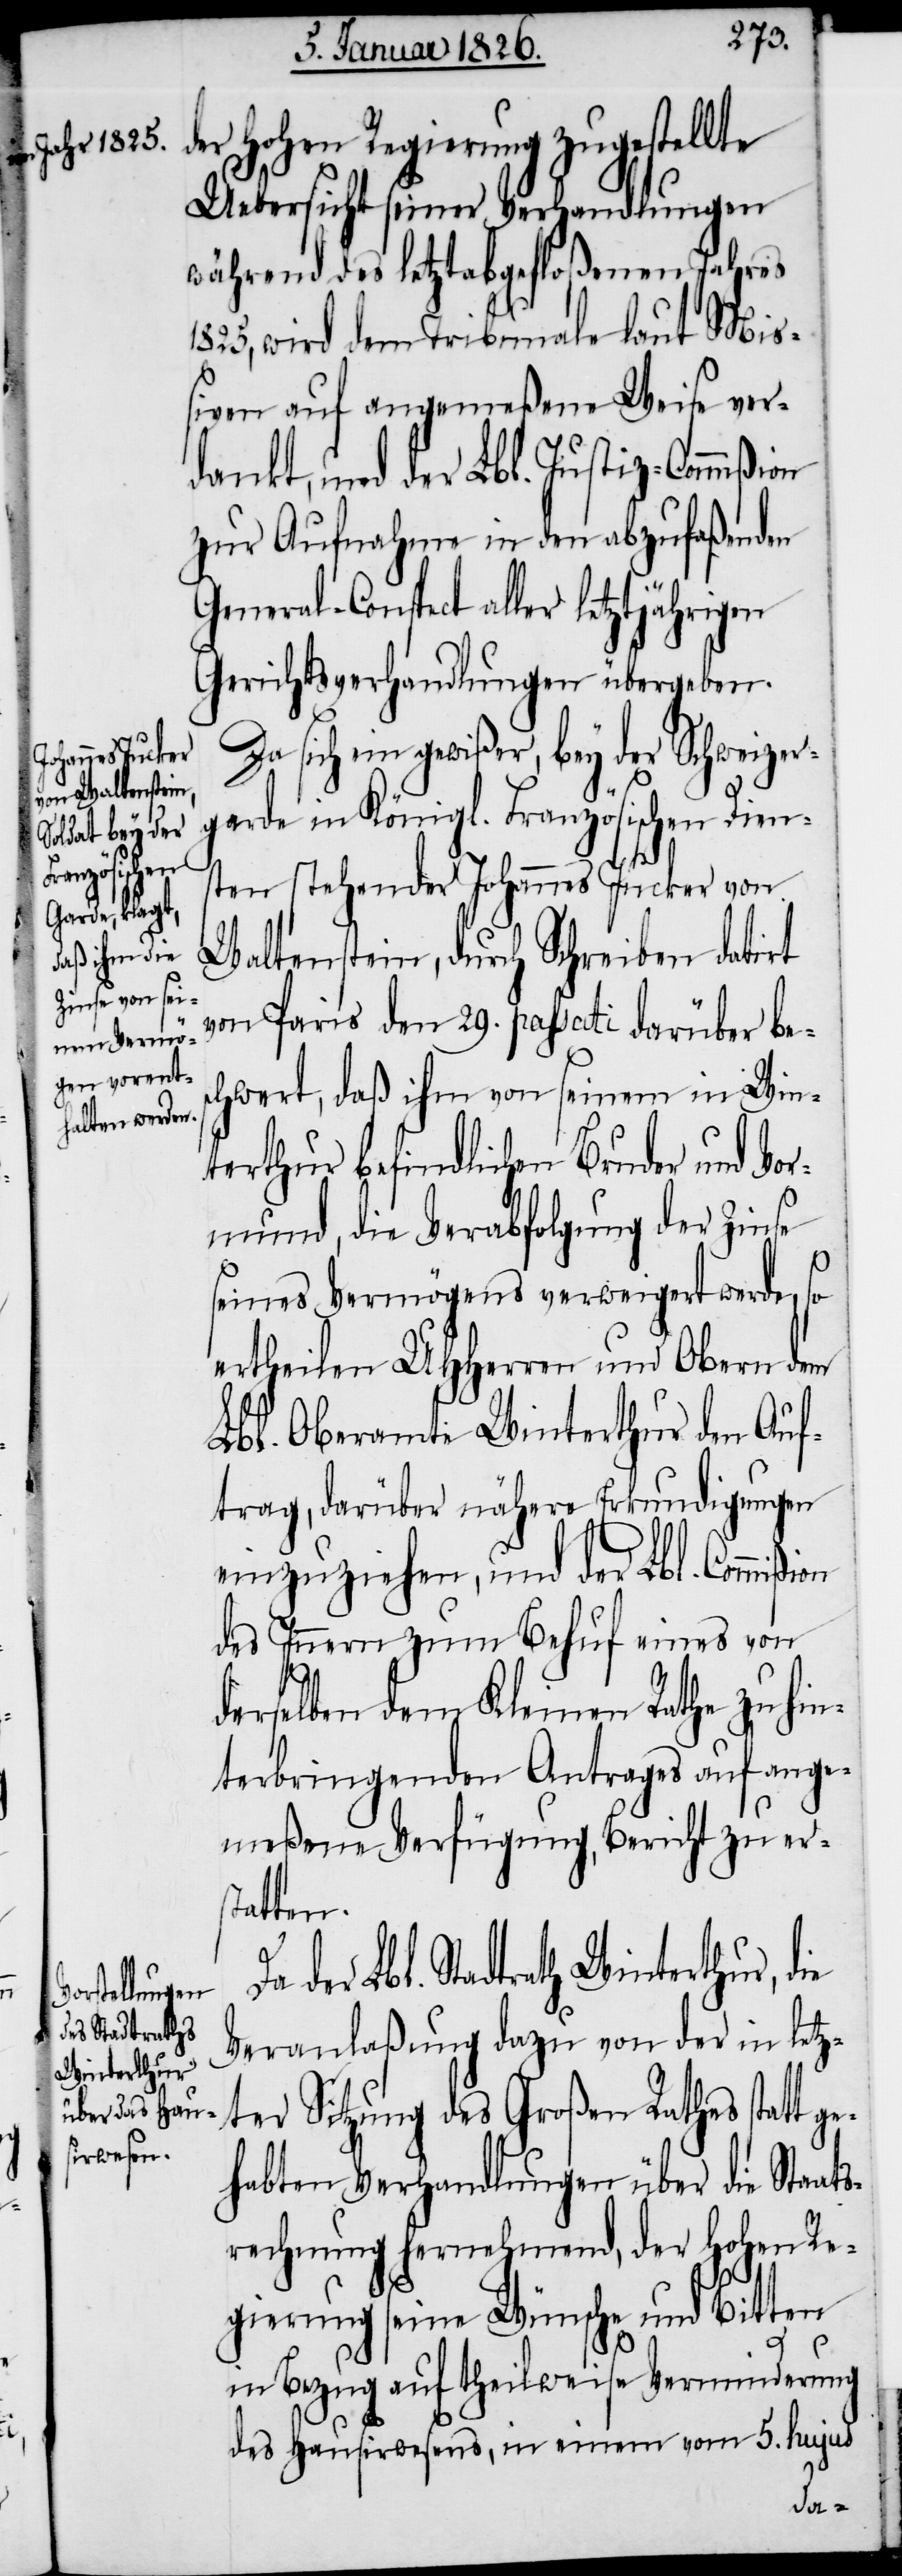
ion

der Hohen Regierung zugestellte
Uebersicht seiner Verhandlungen
während des letztabgefloßenen Jahres
1825, wird dem Tribunale laut Miß¬
iven auf angemeßene Weise ver¬
dankt, und der Lbl. Justiz-Commißion
zur Aufnahme in den abzufaßenden
General-Conspect aller letztjährigen
Gerichtsverhandlungen übergeben.
Da sich ein gewißer, bey der Schweizer¬
garde in Königl. Französischen Diens¬
ten stehender Johannes Jucker von
Waltenstein, durch Schreiben datirt
von Paris den 29. passati darüber bes¬
chwert, daß ihm von seinem in Win¬
terthur befindlichen Bruder und Vor¬
mund die Verabfolgung der Zinse
seines Vermögens verweigert werde, so
ertheilen UHHerren und Obern dem
Lbl. Oberamte Winterthur den Auf¬
trag, darüber nähere Erkundigungen
einzuziehen, und der Lbl. Commiß¬
des Innern zum Behuf eines von
derselben dem Kleinen Rathe zu hin¬
terbringenden Antrages auf ange¬
meßene Verfügung, Bericht zu ers¬
tatten.
der Lbl. Stadtrath Winterthur, die
Veranlaßung dazu von der in letz¬
ter Sitzung des Großen Rathes statt g¬
ehabten Verhandlungen über die Staats¬
rechnung hernehmend, der Hohen Re¬
gierung seine Wünsche und Bitten
in Bezug auf theilweise Verminderung
des Hausirwesens, in einem vom 5. hujus